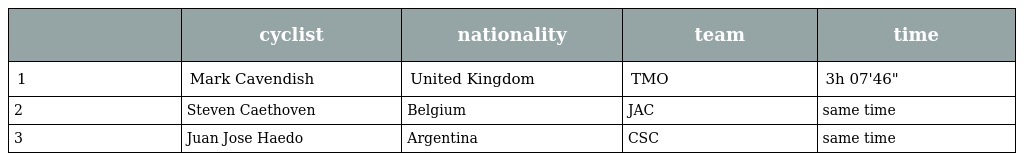
|  | cyclist | nationality | team | time |
 | --- | --- | --- | --- | --- |
 | 1 | Mark Cavendish | United Kingdom | TMO | 3h 07'46" |
 | 2 | Steven Caethoven | Belgium | JAC | same time |
 | 3 | Juan Jose Haedo | Argentina | CSC | same time |